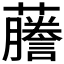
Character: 𬟙